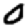
Digit: 0